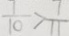
\frac { 1 } { 1 0 } > \frac { 1 } { 1 1 }